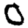
Digit: 0